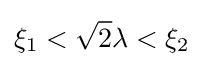
\xi _{1}<{\sqrt {2}}\lambda <\xi _{2}